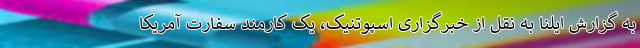
به گزارش ایلنا به نقل از خبرگزاری اسپوتنیک، یک کارمند سفارت آمریکا